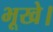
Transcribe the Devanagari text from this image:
भूखे।